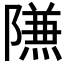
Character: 𱀶